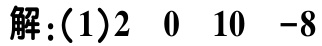
解:(1)2  0  10  -8